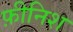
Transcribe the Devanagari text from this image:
फ़ीनिश